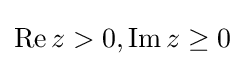
\operatorname {Re} z>0,\operatorname {Im} z\geq 0